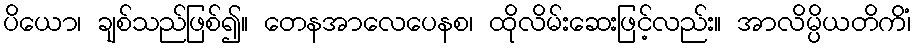
ပိယော၊ ချစ်သည်ဖြစ်၍။ တေနအာလေပေနစ၊ ထိုလိမ်းဆေးဖြင့်လည်း။ အာလိမ္ပိယတိကိံ၊